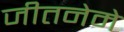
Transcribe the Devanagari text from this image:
जीतनेमे